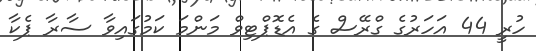
ހުރީ 44 އަހަރުގެ ގްރޭސް ގެ އެޑޮޕްޓިވް މަންމަ ކަމުގައިވާ ސާރާ ޕެކާ